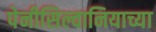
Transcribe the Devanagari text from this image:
पेनीसिल्वानियाच्या